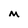
Character: M